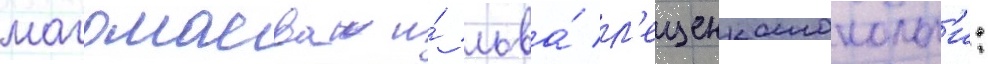
магомаева и́ льва́ л'ещенкомонолог'и: